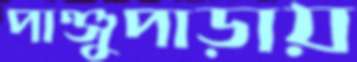
পাঞ্জুপাড়ায়